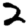
Digit: 2